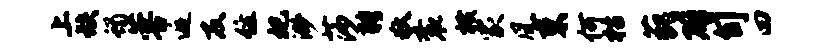
上缺蝎蓉逅反住妃渺莎聘狄衮横家风束何枯藐辟旬四